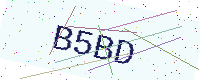
Text: B5BD